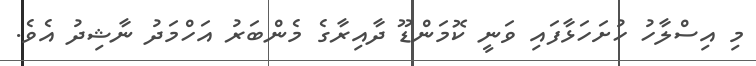
މި އިސްލާހު ހުށަހަޅާފައި ވަނީ ކޮމަންޑޫ ދާއިރާގެ މެންބަރު އަހްމަދު ނާޝިދު އެވެ.